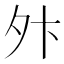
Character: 𫝢